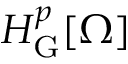
H _ { \mathrm { G } } ^ { p } [ \Omega ]